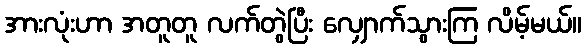
အားလုံးဟာ အတူတူ လက်တွဲပြီး လျှောက်သွားကြ လိမ့်မယ်။